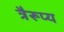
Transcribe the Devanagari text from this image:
त्रैरूप्य